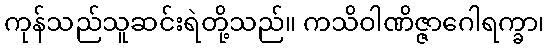
ကုန်သည်သူဆင်းရဲတို့သည်။ ကသိဝါဏိဇ္ဇာဂေါရက္ခာ၊